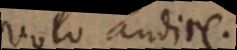
volo audire.